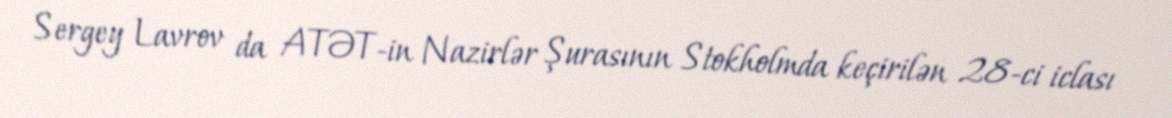
Sergey Lavrov da ATƏT-in Nazirlər Şurasının Stokholmda keçirilən 28-ci iclası